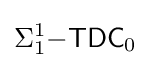
\Sigma _{1}^{1}{\mathsf {-TDC}}_{0}